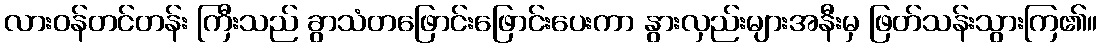
လားဝန်တင်တန်း ကြီးသည် ခွာသံတဖြောင်းဖြောင်းပေးကာ နွားလှည်းများအနီးမှ ဖြတ်သန်းသွားကြ၏။